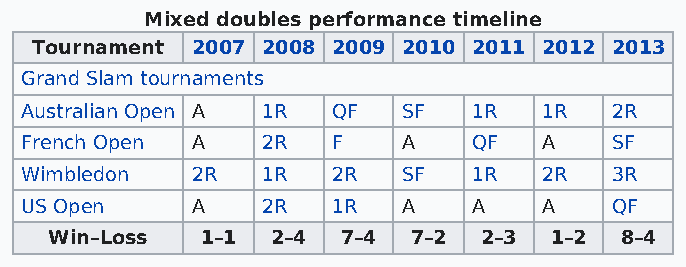
Mixed doubles performance timeline
 Tournament 2007 2008 2009 2010 2011 2012 2013
 Grand Slam tournaments
 Australian Open A 1R QF   SF  1R   1R  2R
 French Open A   2R   F    A   QF   A   SF
 Wimbledon   2R  1R   2R   SF  1R   2R  3R
 US Open     A   2R   1R   A   A    A   QF
 Win–Loss  1–1  2–4  7–4 7–2  2–3 1–2  8–4